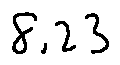
8 . 2 3